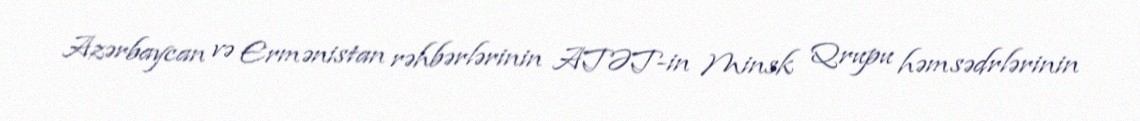
Azərbaycan və Ermənistan rəhbərlərinin ATƏT-in Minsk Qrupu həmsədrlərinin